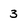
Character: 3